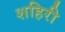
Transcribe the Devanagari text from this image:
शहिरी